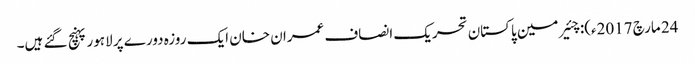
24 مارچ 2017ء): چئیر مین پاکستان تحریک انصاف عمران خان ایک روزہ دورے پر لاہور پہنچ گئے ہیں۔